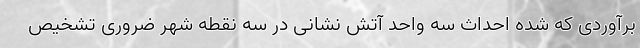
برآوردی که شده احداث سه واحد آتش نشانی در سه نقطه شهر ضروری تشخیص